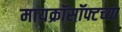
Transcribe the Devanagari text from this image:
मायक्रॉसॉफ्टच्या